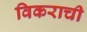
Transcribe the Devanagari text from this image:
विकराची